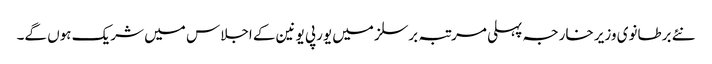
نئے برطانوی وزیر خارجہ پہلی مرتبہ برسلز میں یورپی یونین کے اجلاس میں شریک ہوں گے۔